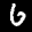
Label: 6